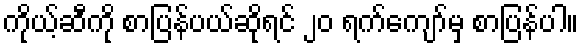
ကိုယ့်ဆီကို စာပြန်ပယ်ဆိုရင် ၂၀ ရက်ကျော်မှ စာပြန်ပါ။